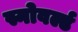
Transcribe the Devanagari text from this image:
स्नोवर्ल्ड